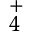
_ { 4 } ^ { + }